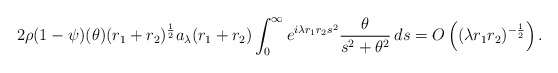
\begin{align*}2\rho(1-\psi)(\theta)(r_1+r_2)^{\frac 12}a_\lambda(r_1 + r_2)\int_0^\infty e^{i\lambda r_1 r_2s^2} \frac{\theta}{s^2+\theta^2}\,ds = O\left((\lambda r_1 r_2)^{-\frac 12}\right).\end{align*}